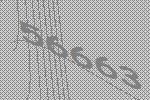
56663